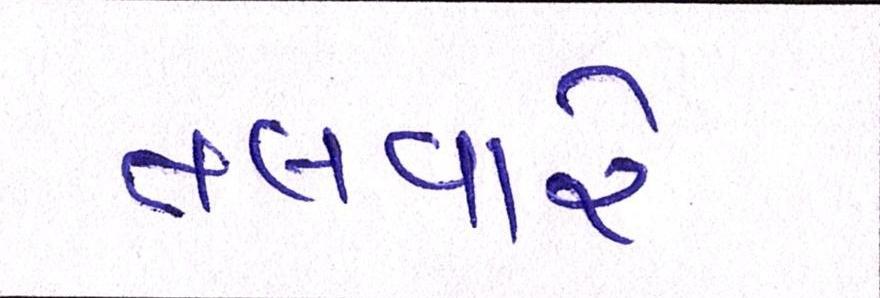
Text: તલવારે